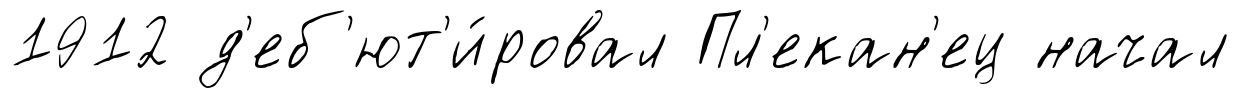
1912 д'еб'ют'и́ровал Пл'екан'ец начал